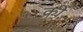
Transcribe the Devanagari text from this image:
क्रीं